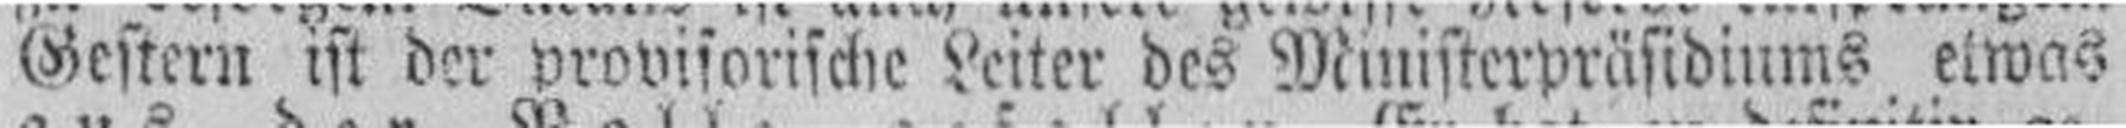
Gestern ist der provisorische Leiter des Ministerpräsidiums eiwas